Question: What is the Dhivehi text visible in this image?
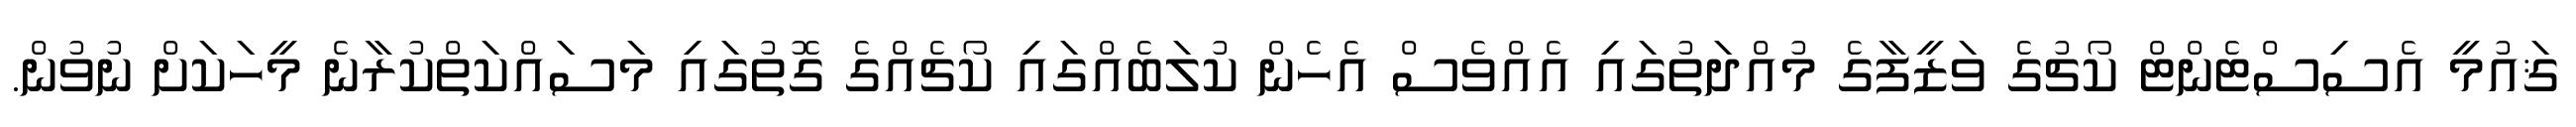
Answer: ޤައުމީ އެސިސްޓެންޓް ކޯޗުގެ ވަޒީފާގެ މުއްދަތުގައި އެއްވެސް އެހެން ކުލަބެއްގައި ކޯޗެއްގެ ގޮތުގައި މަސައްކަތްކުރާނެ މީހަކަށް ނުވުން.